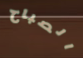
الصباح